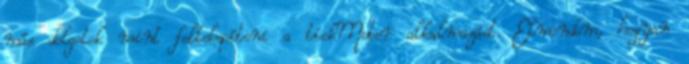
más dolgotok mint feltelepíteni a tickMeter alkalmazást. Elmondom, hogyan